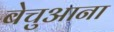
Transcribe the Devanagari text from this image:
बेचुआना